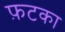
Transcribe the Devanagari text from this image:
फ़टका